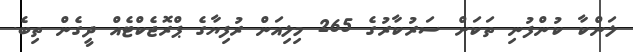
ލަންކާ ކުންފުނި ތަކަށް ސަރުކާރުގެ 265 މިލިއަން ރުފިޔާގެ ޕްރޮޖެކްޓެއް ދީގެން ތިބެ.